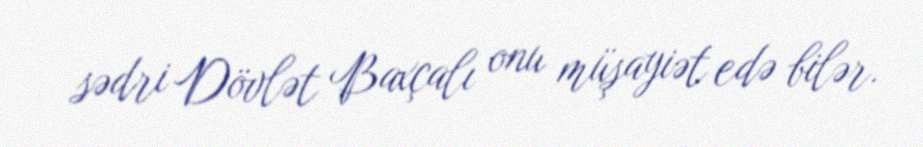
sədri Dövlət Baxçalı onu müşayiət edə bilər.